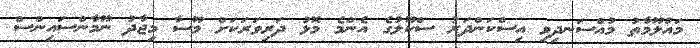
މައުލޫމާތު މުއްސަނދިވި އިސްކަންދަރު ސްކޫލުގެ އެންމެ މޮޅު ދަރިވަރަކަށް މޫސާ މިޖާދު ނޫމާންސައިންސް